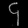
Digit: ၄